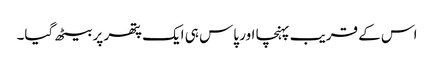
اس کے قریب پہنچا اور پاس ہی ایک پتھر پر بیٹھ گیا۔